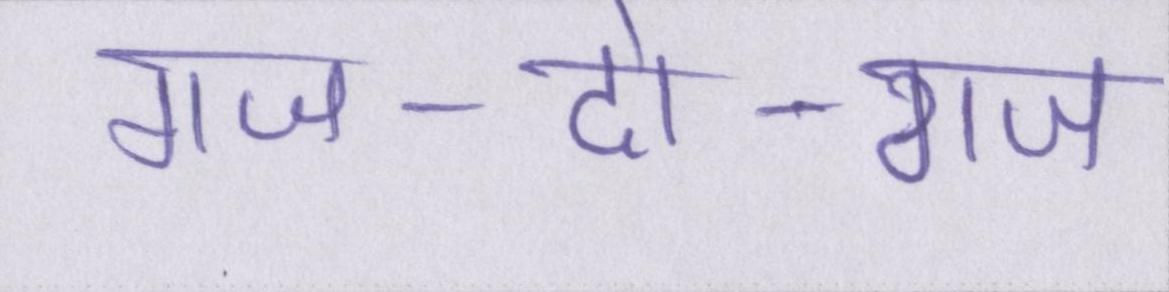
गज-दो-गज